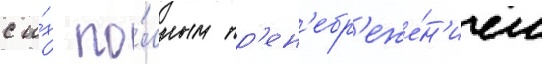
с и́х по́лным пр'ен'ебр'еже́н'ием